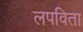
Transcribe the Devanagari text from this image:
लपविता